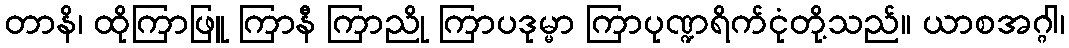
တာနိ၊ ထိုကြာဖြူ ကြာနီ ကြာညို ကြာပဒုမ္မာ ကြာပုဏ္ဍရိက်ငုံတို့သည်။ ယာစအဂ္ဂါ၊